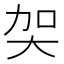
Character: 㚙